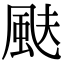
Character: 颫